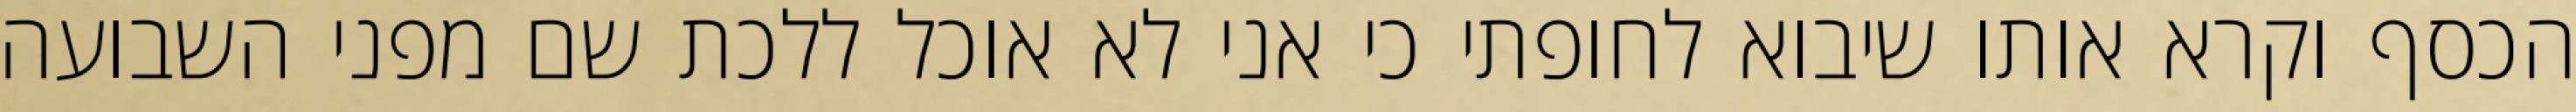
הכסף וקרא אותו שיבוא לחופתי כי אני לא אוכל ללכת שם מפני השבועה